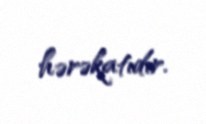
hərəkatıdır.